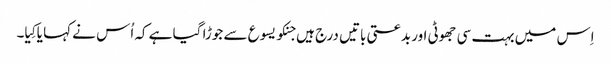
اِس میں بہت سی جھوٹی اور بدعتی باتیں درج ہیں جنکو یسوع سے جوڑا گیا ہے کہ اُس نے کہا یا کِیا۔